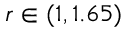
r \in ( 1 , 1 . 6 5 )